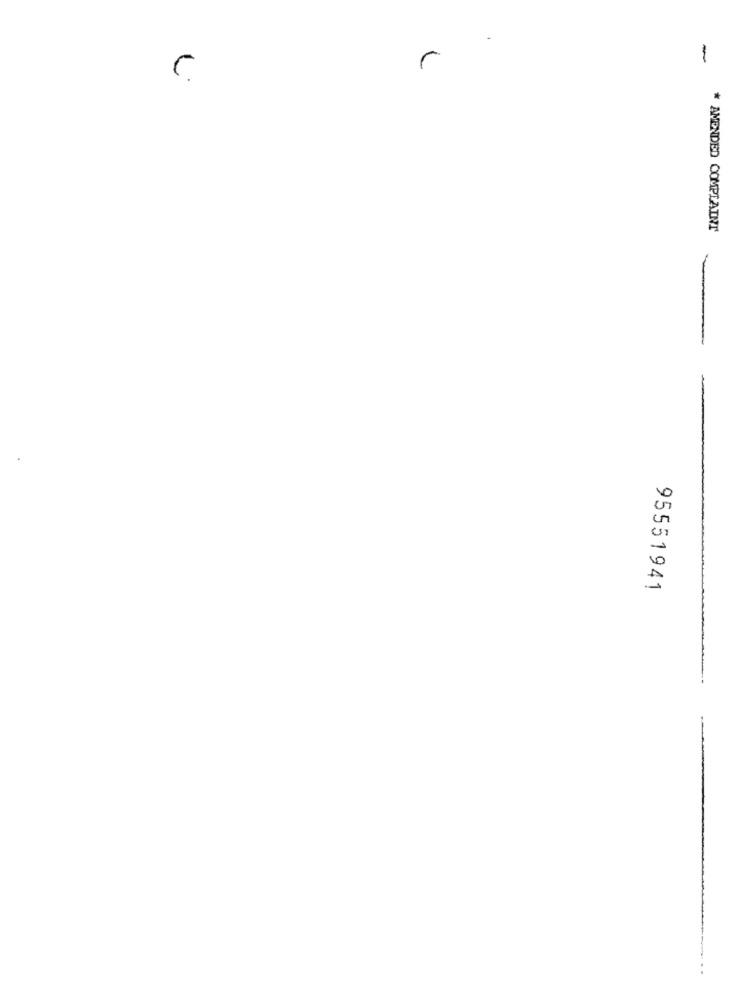
-
* AMENDED COMPLAINT
95551941